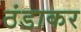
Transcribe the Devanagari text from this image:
ठंडाकर